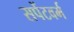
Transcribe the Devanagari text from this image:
सपेंटवर्म